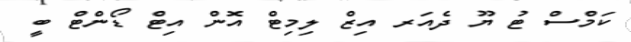
ކަމްސް ޓު ޔޫ ދެއަރ އިޒް ލިމިޓް އޮން އިޓް ޑޯންޓް ބީ